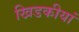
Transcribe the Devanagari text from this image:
खिडकीयां